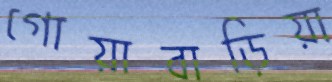
গোয়াবাড়িয়া